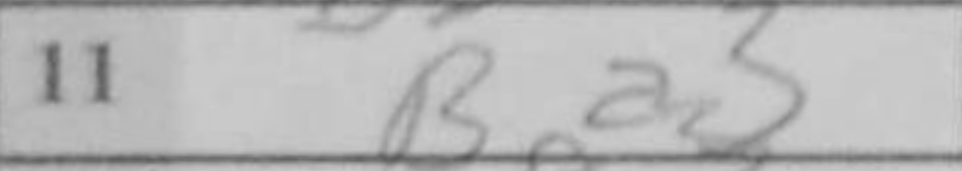
Transcription: Ba3